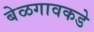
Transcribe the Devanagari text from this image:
बेळगावकडे